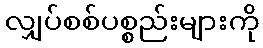
လျှပ်စစ်ပစ္စည်းများကို